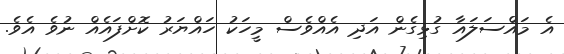
އެ މައްސަލައާ ގުޅިގެން އަދި އެއްވެސް މީހަކު ހައްޔަރު ކޮށްފައެއް ނުވެ އެވެ.